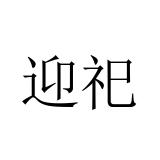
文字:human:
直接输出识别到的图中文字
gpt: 迎祀